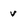
Character: v